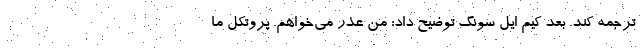
ترجمه کند. بعد کیم ایل سونگ توضیح داد: من عذر می‌خواهم. پروتکل ما